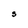
Character: S